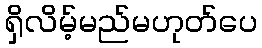
ရှိလိမ့်မည်မဟုတ်ပေ